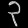
Digit: ၃